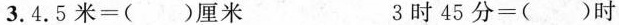
3.4.5米=()厘米 3时45分=()时